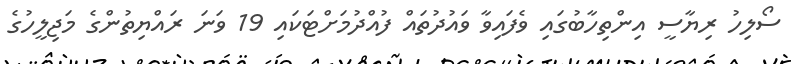
ސޯލިހު ރިޔާސީ އިންތިހާބުގައި ވެފައިވާ ވައުދުތައް ފުއްދުމަށްޓަކައި 19 ވަނަ ރައްޔިތުންގެ މަޖިލީހުގެ